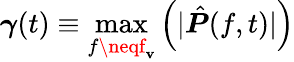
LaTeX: \boldsymbol{\gamma}(t)\equiv\underset{f\neqf_{\mathbf{v}}}{\operatorname*{max}}\left(|\hat{{\boldsymbol{P}}}(f,t)|\right)